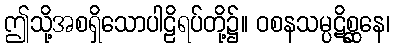
ဤသို့အစရှိသောပါဠိရပ်တို့၌။ ဝစနသမ္ပဋိစ္ဆနေ၊